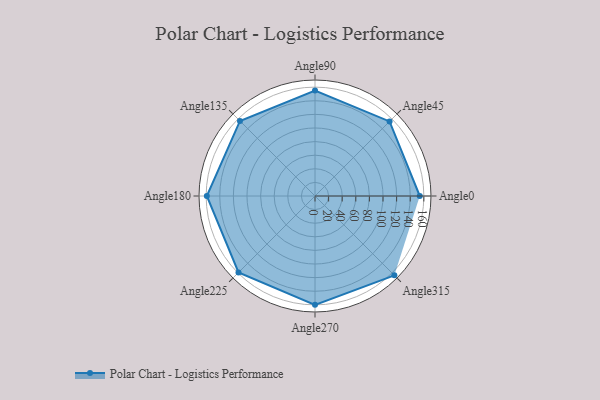
{"axis": {"x": "Angle", "y": "Radius"}, "legend": [""], "data": [{"x": "Angle0", "y": 154.0, "type": ""}, {"x": "Angle45", "y": 155.0, "type": ""}, {"x": "Angle90", "y": 155.0, "type": ""}, {"x": "Angle135", "y": 156.0, "type": ""}, {"x": "Angle180", "y": 159.0, "type": ""}, {"x": "Angle225", "y": 159.0, "type": ""}, {"x": "Angle270", "y": 160.0, "type": ""}, {"x": "Angle315", "y": 165.0, "type": ""}]}